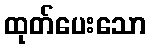
ထုတ်ပေးသော